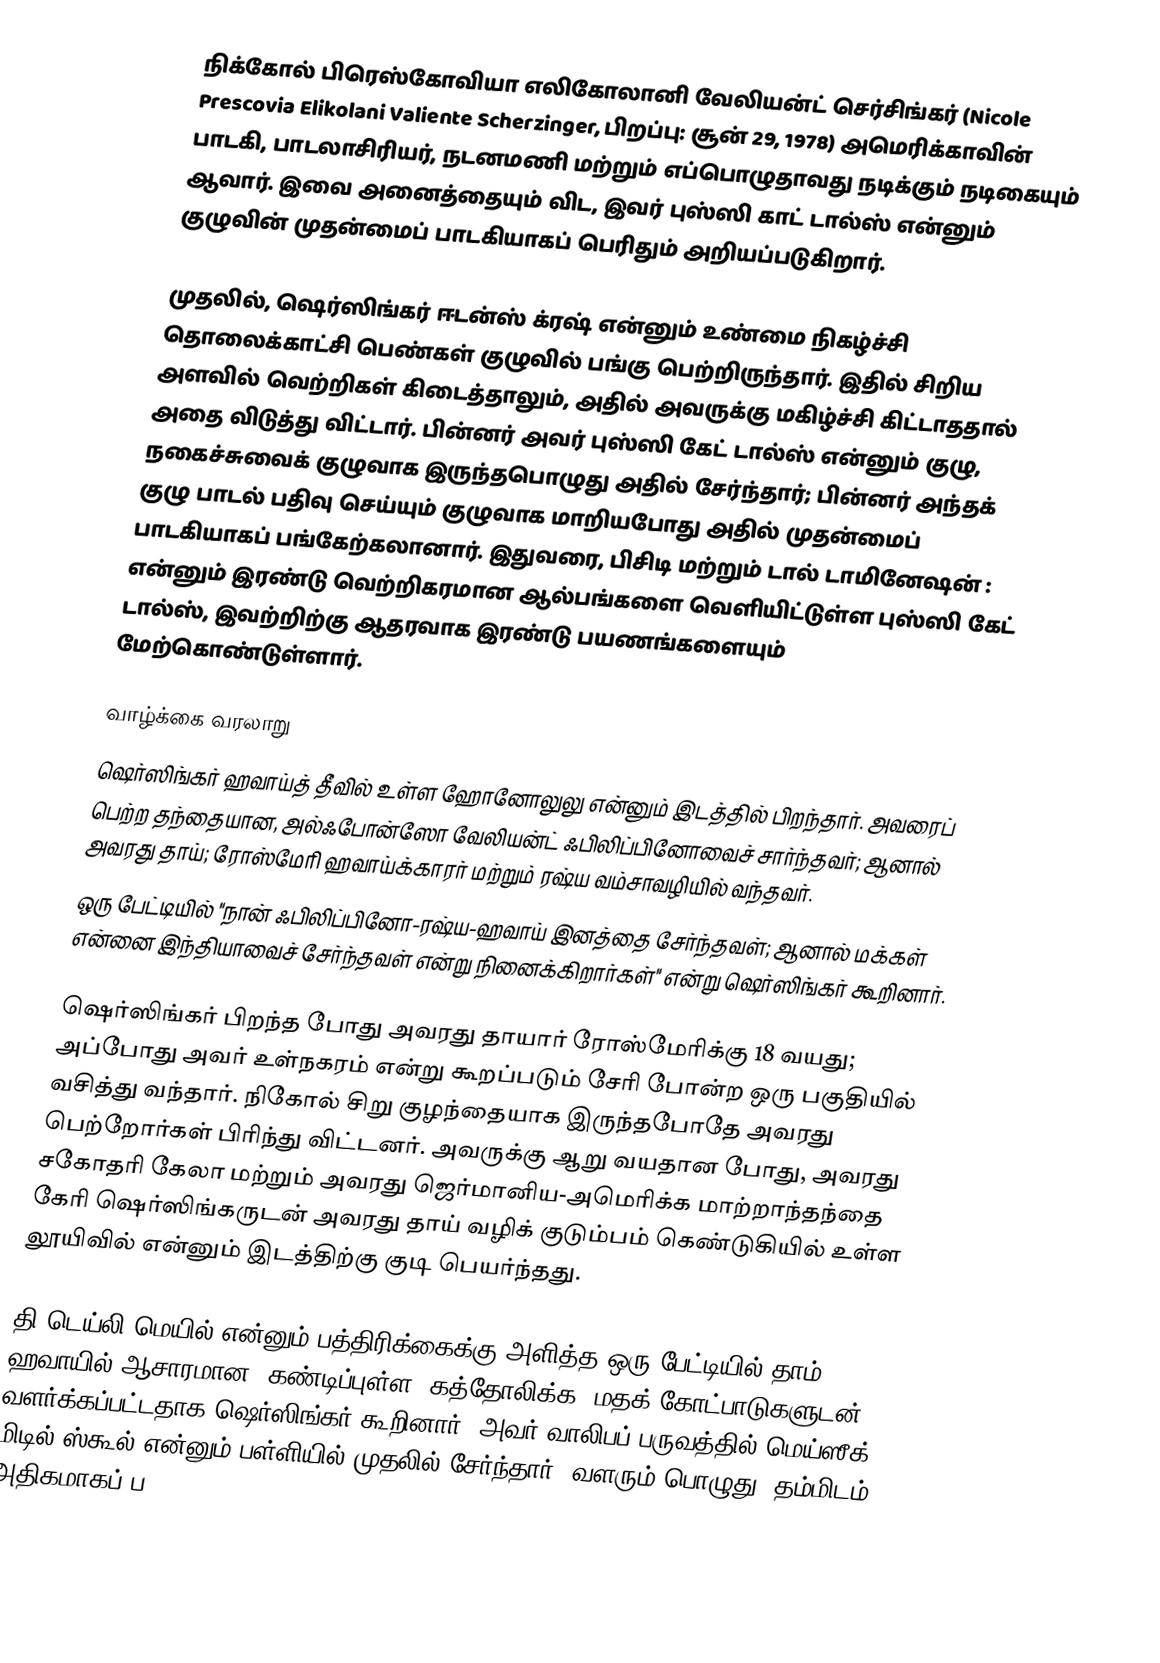
நிக்கோல் பிரெஸ்கோவியா எலிகோலானி வேலியன்ட் செர்சிங்கர் (Nicole Prescovia Elikolani Valiente Scherzinger, பிறப்பு: சூன் 29, 1978) அமெரிக்காவின் பாடகி, பாடலாசிரியர், நடனமணி மற்றும் எப்பொழுதாவது நடிக்கும் நடிகையும் ஆவார். இவை அனைத்தையும் விட, இவர் புஸ்ஸி காட் டால்ஸ் என்னும் குழுவின் முதன்மைப் பாடகியாகப் பெரிதும் அறியப்படுகிறார்.

முதலில், ஷெர்ஸிங்கர் ஈடன்ஸ் க்ரஷ் என்னும் உண்மை நிகழ்ச்சி தொலைக்காட்சி பெண்கள் குழுவில் பங்கு பெற்றிருந்தார். இதில் சிறிய அளவில் வெற்றிகள் கிடைத்தாலும், அதில் அவருக்கு மகிழ்ச்சி கிட்டாததால் அதை விடுத்து விட்டார். பின்னர் அவர் புஸ்ஸி கேட் டால்ஸ் என்னும் குழு, நகைச்சுவைக் குழுவாக இருந்தபொழுது அதில் சேர்ந்தார்; பின்னர் அந்தக் குழு பாடல் பதிவு செய்யும் குழுவாக மாறியபோது அதில் முதன்மைப் பாடகியாகப் பங்கேற்கலானார். இதுவரை, பிசிடி மற்றும் டால் டாமினேஷன் : என்னும் இரண்டு வெற்றிகரமான ஆல்பங்களை வெளியிட்டுள்ள புஸ்ஸி கேட் டால்ஸ், இவற்றிற்கு ஆதரவாக இரண்டு பயணங்களையும் மேற்கொண்டுள்ளார்.

வாழ்க்கை வரலாறு
ஷெர்ஸிங்கர் ஹவாய்த் தீவில் உள்ள ஹோனோலுலு என்னும் இடத்தில் பிறந்தார். அவரைப் பெற்ற தந்தையான, அல்ஃபோன்ஸோ வேலியன்ட் ஃபிலிப்பினோவைச் சார்ந்தவர்; ஆனால் அவரது தாய்; ரோஸ்மேரி ஹவாய்க்காரர் மற்றும் ரஷ்ய வம்சாவழியில் வந்தவர்.
ஒரு பேட்டியில் "நான் ஃபிலிப்பினோ-ரஷ்ய-ஹவாய் இனத்தை சேர்ந்தவள்; ஆனால் மக்கள் என்னை இந்தியாவைச் சேர்ந்தவள் என்று நினைக்கிறார்கள்" என்று ஷெர்ஸிங்கர் கூறினார்.

ஷெர்ஸிங்கர் பிறந்த போது அவரது தாயார் ரோஸ்மேரிக்கு 18 வயது; அப்போது அவர் உள்நகரம் என்று கூறப்படும் சேரி போன்ற ஒரு பகுதியில் வசித்து வந்தார். நிகோல் சிறு குழந்தையாக இருந்தபோதே அவரது பெற்றோர்கள் பிரிந்து விட்டனர். அவருக்கு ஆறு வயதான போது, அவரது சகோதரி கேலா மற்றும் அவரது ஜெர்மானிய-அமெரிக்க மாற்றாந்தந்தை கேரி ஷெர்ஸிங்கருடன் அவரது தாய் வழிக் குடும்பம் கெண்டுகியில் உள்ள லூயிவில் என்னும் இடத்திற்கு குடி பெயர்ந்தது.

தி டெய்லி மெயில் என்னும் பத்திரிக்கைக்கு அளித்த ஒரு பேட்டியில் தாம் ஹவாயில் ஆசாரமான, கண்டிப்புள்ள (கத்தோலிக்க) மதக் கோட்பாடுகளுடன் வளர்க்கப்பட்டதாக ஷெர்ஸிங்கர் கூறினார். அவர் வாலிபப் பருவத்தில் மெய்ஸீக் மிடில் ஸ்கூல் என்னும் பள்ளியில் முதலில் சேர்ந்தார். வளரும் பொழுது, தம்மிடம் அதிகமாகப் ப